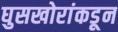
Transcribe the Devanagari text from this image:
घुसखोरांकडून